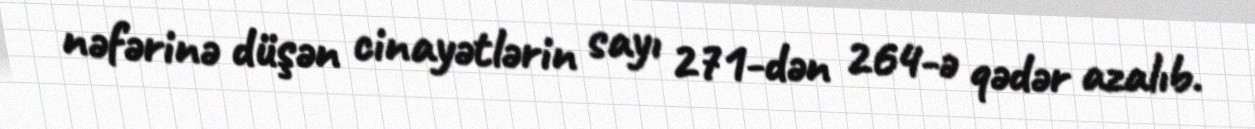
nəfərinə düşən cinayətlərin sayı 271-dən 264-ə qədər azalıb.